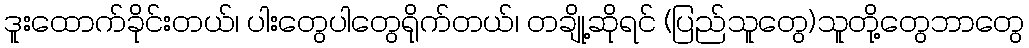
ဒူးထောက်ခိုင်းတယ်၊ ပါးတွေပါတွေရိုက်တယ်၊ တချို့ဆိုရင် (ပြည်သူတွေ)သူတို့တွေဘာတွေ